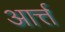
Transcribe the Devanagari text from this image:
आर्त्त